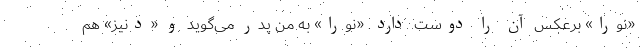
«نورا» برعکس آن را دوست دارد. «نورا» به من پدر می‌گوید و «دنیز» هم